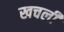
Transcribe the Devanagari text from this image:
खचली